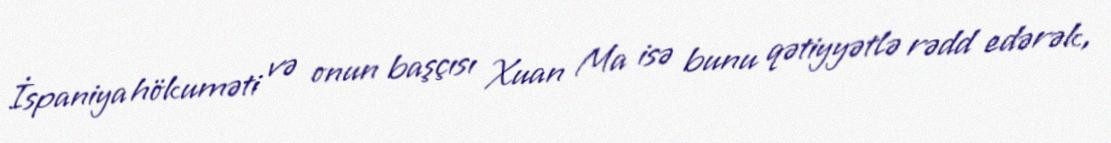
İspaniya hökuməti və onun başçısı Xuan Ma isə bunu qətiyyətlə rədd edərək,